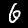
Digit: 6